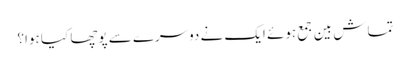
تماش بین جمع ہوئے ایک نے دوسرے سے پوچھا کیا ہوا؟